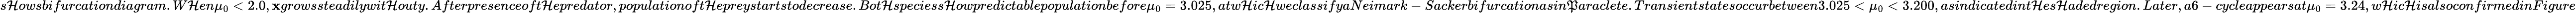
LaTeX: s\mathcal{H}owsbifurcationdiagram.W\mathcal{H}en\mu_{0}<2.0,\mathbf{x}growssteadilywit\mathcal{H}outy.Afterpresenceoft\mathcal{H}epredator,populationoft\mathcal{H}epreystartstodecrease.Bot\mathcal{H}speciess\mathcal{H}owpredictablepopulationbefore\mu_{0}=3.025,atw\mathcal{H}ic\mathcal{H}weclassifyaNeimark-Sackerbifurcationasin\mathfrak{P}araclete.Transientstatesoccurbetween3.025<\mu_{0}<3.200,asindicatedint\mathcal{H}es\mathcal{H}adedregion.Later,a6-cycleappearsat\mu_{0}=3.24,w\mathcal{H}ic\mathcal{H}isalsoconfirmedinFigure